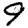
Digit: 9